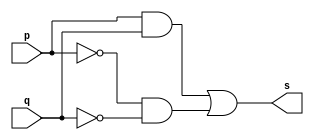
// PUC Minas - Ciencia da Computacao - Arquitetura de Computadores I
// Nome: Ana Cristina Pereira Teixeira

// 11.) Definir e testar um mdulo com uma expresso envolvendo portas de um circuito capaz de receber um byte
// e retornar 1, se todos os seus bits forem iguais a 0.

// --------------------- 
// -- xnor gate
// --------------------- 
module xnor2gate (output s, input p, input q);
// (ab) + (a'b')
	assign s0 = (p && q);
	assign s1 = ((~p) && (~q));
	assign s = s0 | s1;
endmodule // or2gate

// --------------------- 
// -- test xnorgate 
// --------------------- 
module testxnorgate; 
// ------------------------- dados locais 
	reg [7:0] a; // definir registrador 
	wire z0, z1, z2, z3, z4, z5, s; // definir conexao (fio) 
// ------------------------- instancia 
	xnor2gate XNOR1 (z0, a[0], a[1]);
	xnor2gate XNOR2 (z1, a[2], a[3]);
	xnor2gate XNOR3 (z2, a[4], a[5]);
	xnor2gate XNOR4 (z3, a[6], a[7]);
	
	xnor2gate XNOR5 (z4, z0, z1);
	xnor2gate XNOR6 (z5, z2, z3);
	
	xnor2gate XNOR7 (s, z4, z5);
// ------------------------- preparacao
	initial begin:start
		a = 8'b00000000;
	end
// ------------------------- parte principal
	initial begin:main
		$display("Extra0001 - Guia01 - Ana Cristina - 427385");
		$display("Test xnor gate");
		$monitor("%8b = %b", a, s);
		#1 a = 8'b00000001;
		#1 a = 8'b00000010;
		#1 a = 8'b00000100;
		#1 a = 8'b00001000;
		#1 a = 8'b00010000;
		#1 a = 8'b00100000;
		#1 a = 8'b01000000;

		#1 a = 8'b11111111;
		end
endmodule // testandgate